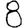
Digit: 8